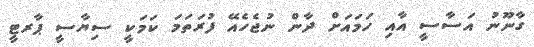
ގާނޫނު އަސާސީ އާއި ހަމައަށް ދާން ނުޖެހެއޭ ފުރަތަމަ ކަމަކީ ސިޔާސީ ޕާރޓީ